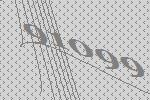
91099